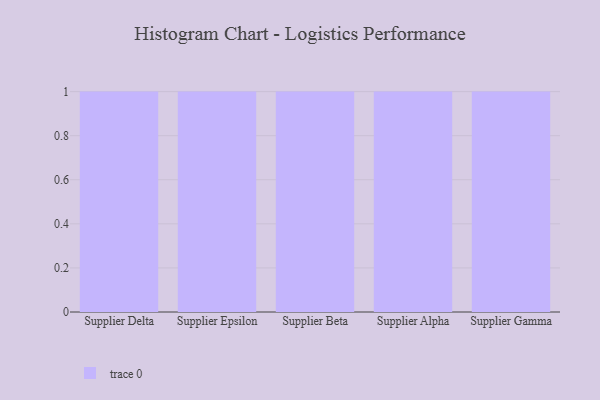
{"axis": {"x": "Supplier", "y": "Bounce Rate (%)"}, "legend": [""], "data": [{"x": "Supplier Delta", "y": 14, "type": ""}, {"x": "Supplier Epsilon", "y": 96, "type": ""}, {"x": "Supplier Beta", "y": 99, "type": ""}, {"x": "Supplier Alpha", "y": 93, "type": ""}, {"x": "Supplier Gamma", "y": 84, "type": ""}]}